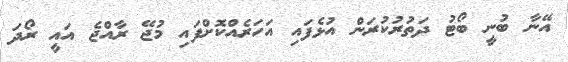
އޭނާ ބުނީ ބޯޓު ދަތުރުކުރަން އުޅެފައި އަހަރެއްކޮށްފައި މުޖޭ ރާއްޖެ އައީ ރޯދަ